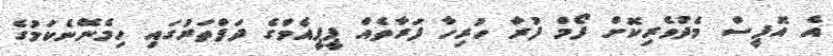
އެ އޮފީސް މެދުވެރިކޮށް ފޯމް ފުރާ ހުރިހާ ފަރާތެއް ޕީޕީއެމްގެ ދަފްތަރުގައި ހިމެނޭނެކަމުގެ